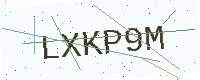
Text: LXKP9M